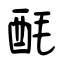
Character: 酕